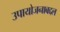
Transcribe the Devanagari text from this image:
उपायोजनाबद्दल